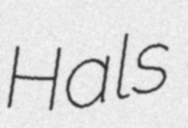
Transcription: Hals